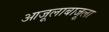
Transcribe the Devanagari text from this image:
आजूलाबाजूला